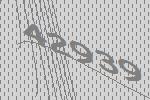
42939